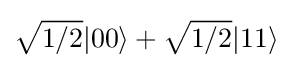
{\sqrt {1/2}}|00\rangle +{\sqrt {1/2}}|11\rangle